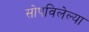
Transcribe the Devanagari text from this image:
सोपविलेल्या